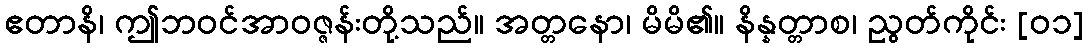
ဧတာနိ၊ ဤဘဝင်အာဝဇ္ဇန်းတို့သည်။ အတ္တနော၊ မိမိ၏။ နိန္နတ္တာစ၊ ညွတ်ကိုင်း [၀၁]